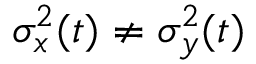
\sigma _ { x } ^ { 2 } ( t ) \neq \sigma _ { y } ^ { 2 } ( t )